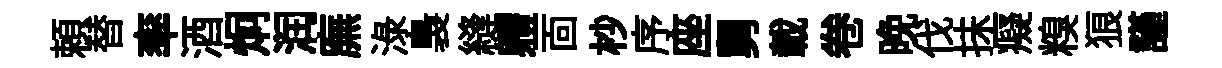
頼替率酒炯润廡渌裊縫軆靣杪序座舅載卷晚伐抺癡糗狼謹